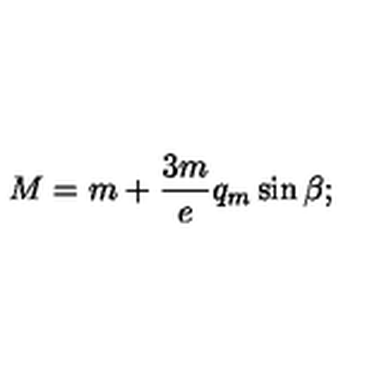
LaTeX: M = m + \frac { 3 m } { e } q _ { m } \sin \beta ;